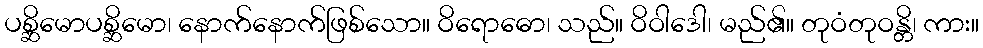
ပစ္ဆိမောပစ္ဆိမော၊ နောက်နောက်ဖြစ်သော။ ဝိရောဓော၊ သည်။ ဝိဝါဒေါ၊ မည်၏။ တုဝံတုဝန္တိ၊ ကား။